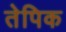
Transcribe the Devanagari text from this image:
तेपिक